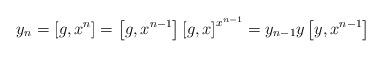
LaTeX: \begin{align*} y_n = \left[g,x^{n}\right] = \left[g,x^{n-1}\right] \left[g,x\right]^{x^{n-1}} = y_{n-1} y \left[y,x^{n-1}\right]\end{align*}